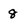
Character: 8